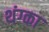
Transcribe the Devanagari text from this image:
थंग्का